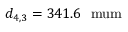
d _ { 4 , 3 } = 3 4 1 . 6 \ \mathrm { \ m u m }